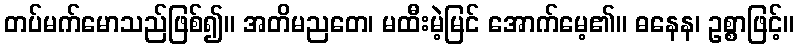
တပ်မက်မောသည်ဖြစ်၍။ အတိမညတေ၊ မထီးမဲ့မြင် အောက်မေ့၏။ ဓနေန၊ ဥစ္စာဖြင့်။